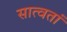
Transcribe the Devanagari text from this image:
सात्वतां